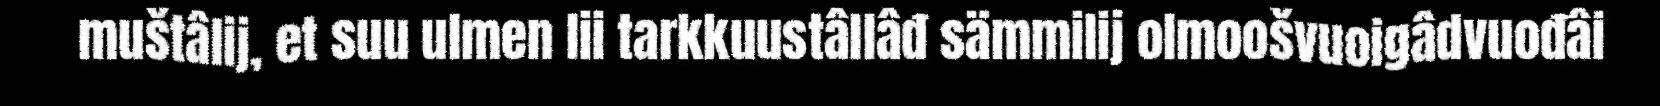
muštâlij, et suu ulmen lii tarkkuustâllâđ sämmilij olmoošvuoigâdvuođâi